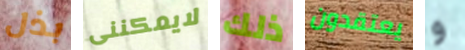
بذل لايمكننى ذلك يعتقدون و